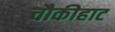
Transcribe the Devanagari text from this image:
चौकीहाट